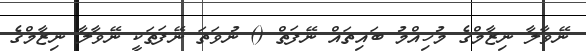
ނޭވާލާ ނިޒާމްގެ މުހިއްމު ބައިތައް ނޭފަތް () ނުވަތަ ނޭފަތަކީ ނޭވާލާ ނިޒާމްގެ